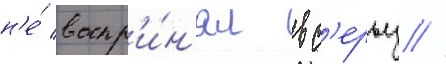
н'е́ воспр'и́н'ял вс'ерьез //